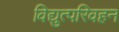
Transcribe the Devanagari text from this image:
विद्युत्परिवहन